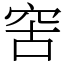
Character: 𥥖